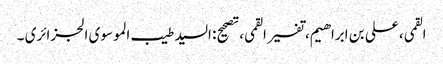
القمی، علی بن ابراهیم، تفسیر القمی، تصحیح: السید طیب الموسوی الجزائری ۔